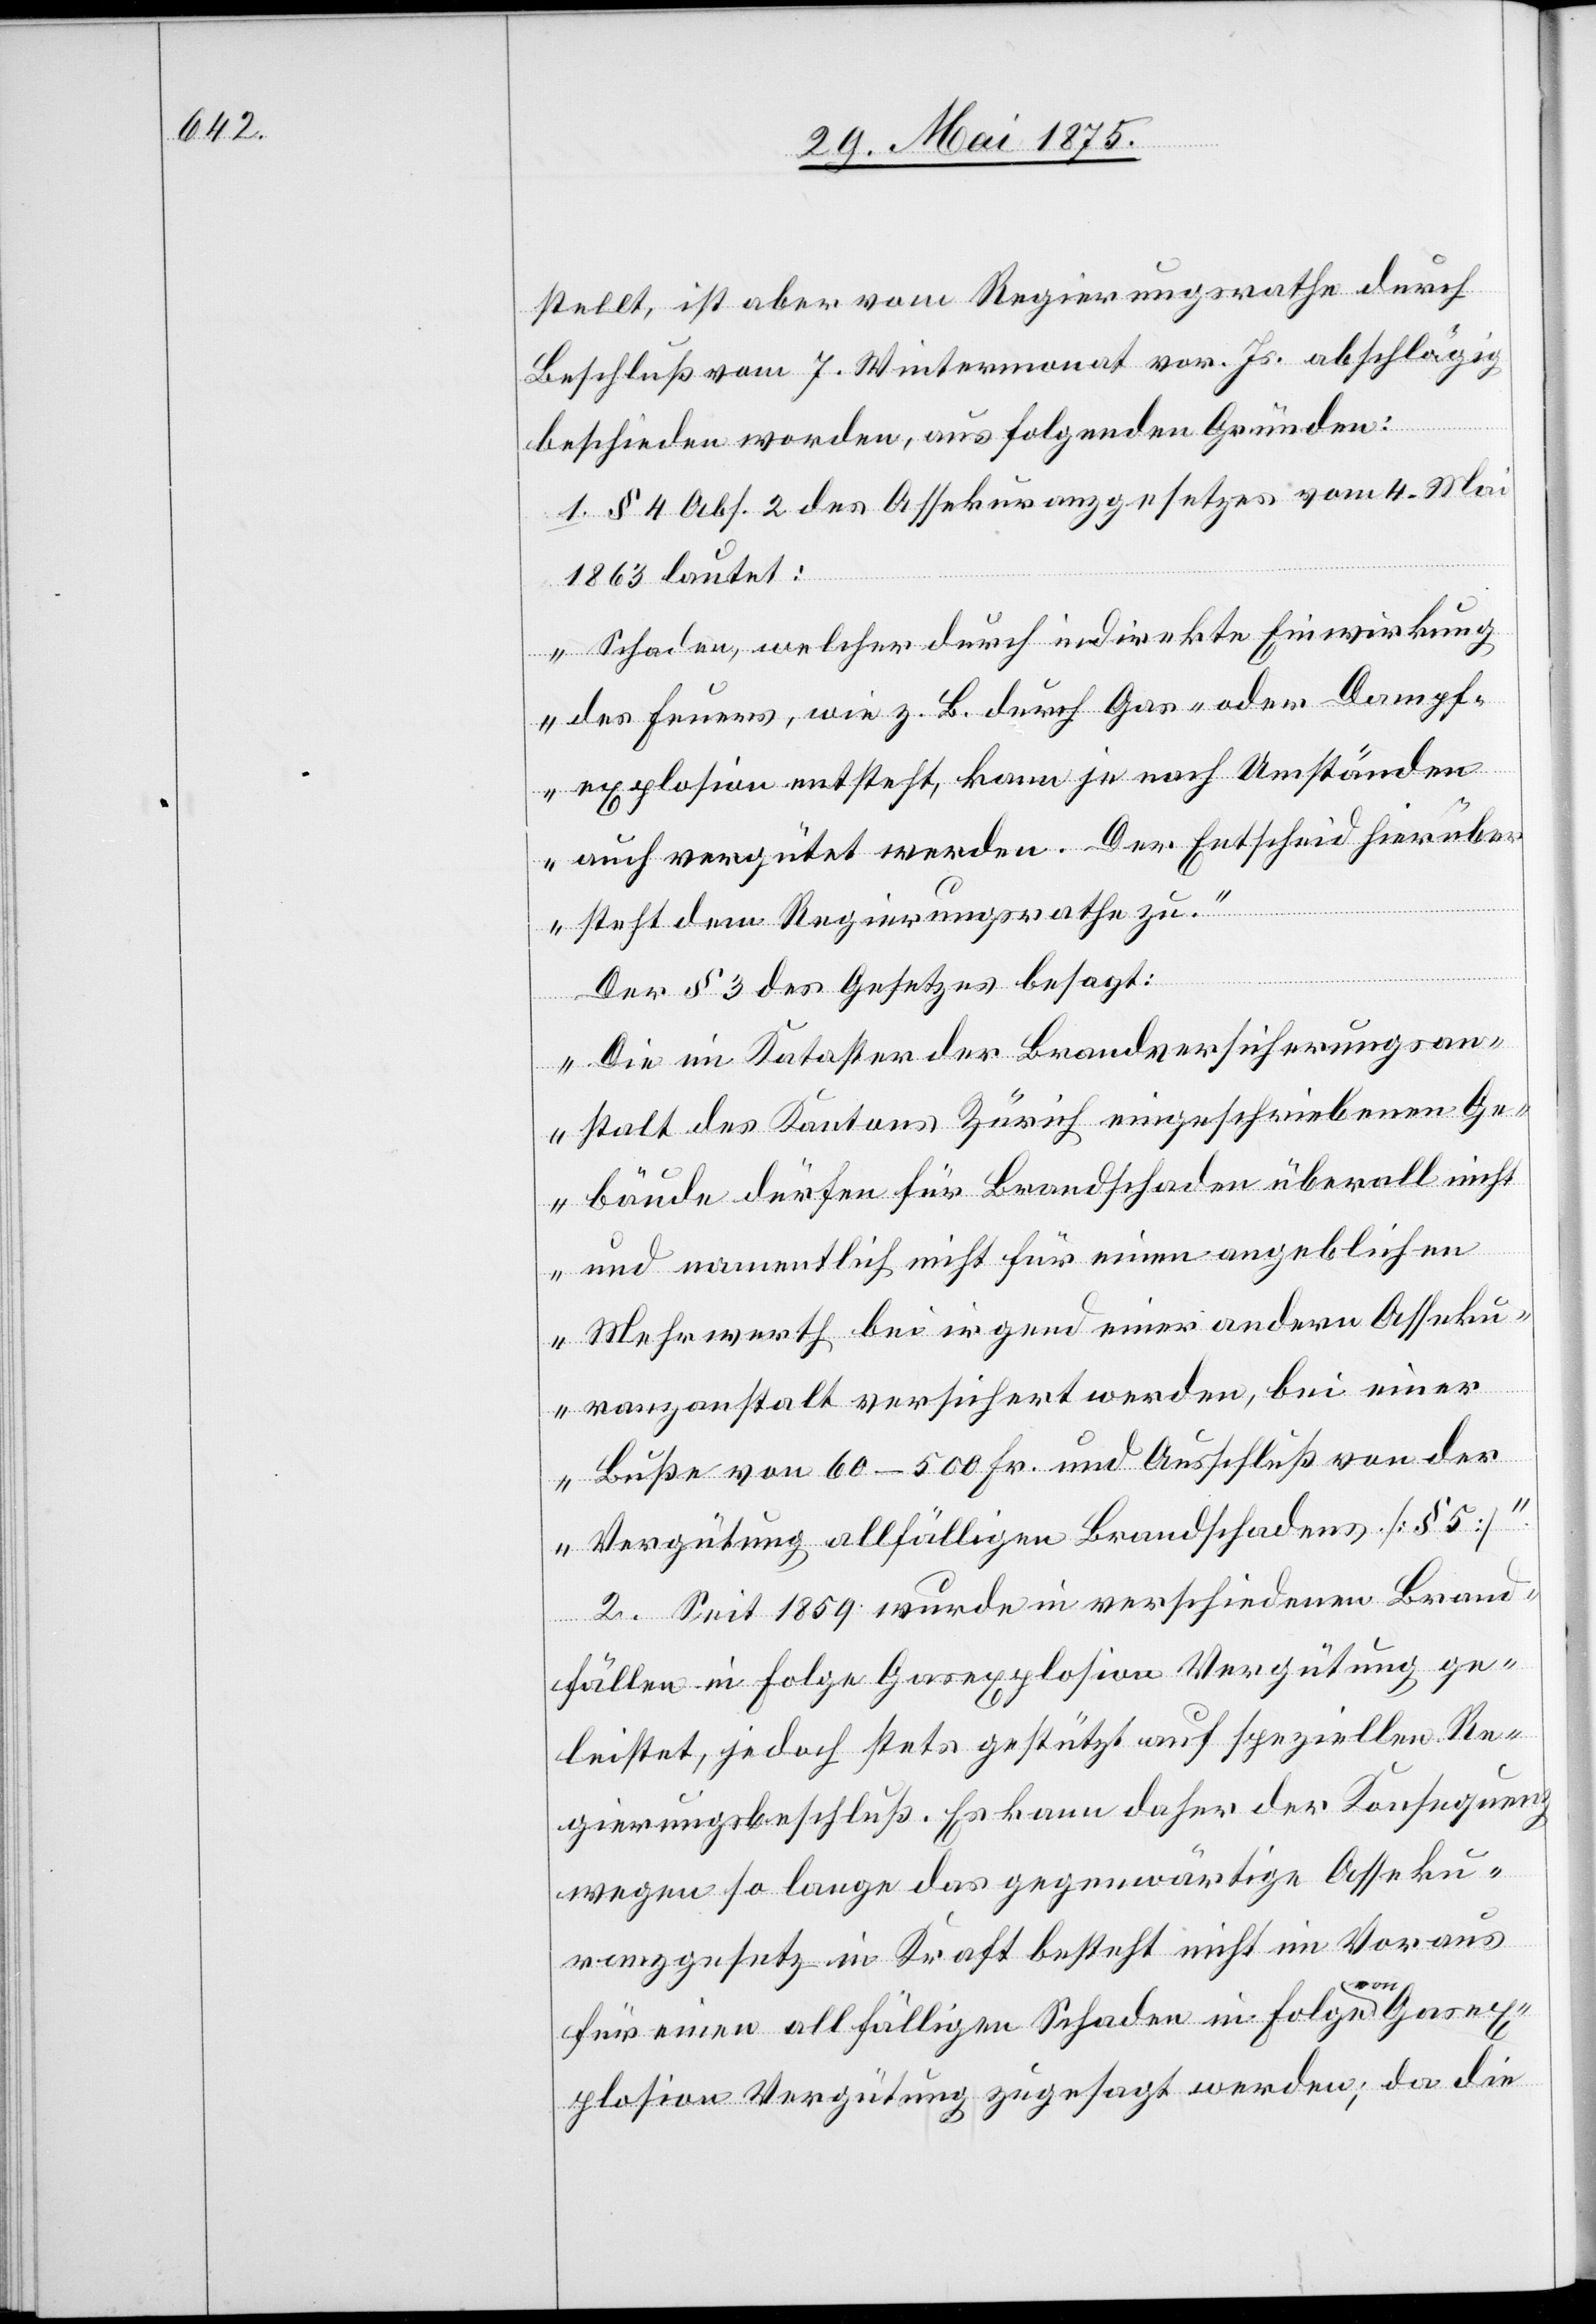
stellt ist aber vom Regierungsrathe durch
Beschluß vom 7. Wintermonat vor. Js. abschlägig
beschieden worden, aus folgenden Gründen:
1. § 4 Abs. 2 des Assekuranzgesetzes vom 4. Mai
1863 lautet:
„Schaden, welcher durch indirekte Einwirkung
des Feuers, wie z. B. durch Gas- oder Dampf¬
explosion entsteht, kann je nach Umständen
auch vergütet werden. Der Entscheid hierüber
steht dem Regierungsrathe zu.“
Der § 3 des Gesetzes besagt:
„Die im Kataster der Brandversicherungsan¬
stalt des Kantons Zürich eingeschriebenen Ge¬
bäude dürfen für Brandschaden überall nicht
und namentlich nicht für einen angeblichen
Mehrwerth bei irgend einer andern Asseku¬
Gasex¬
ranzanstalt versichert werden, bei einer
Buße von 60–500 Fr. und Ausschluß von der
Vergütung allfälligen Brandschadens [§ 5].“
2. Seit 1859 wurde in verschiedenen Brand¬
von
fällen in Folge Gasexplosion Vergütung ge¬
leistet, jedoch stets gestützt auf speziellen Re¬
gierungsbeschluß. Es kann daher der Konsequenz
wegen so lange das gegenwärtige Asseku¬
ranzgesetz in Kraft besteht nicht im Voraus
für einen allfälligen Schaden in Folge
plosion Vergütung zugesagt werden; da die